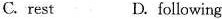
C.rest D. following